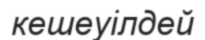
кешеуілдей